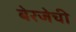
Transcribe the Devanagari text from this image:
बेरजेची